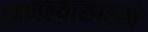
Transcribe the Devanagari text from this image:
खणल्यासारखे